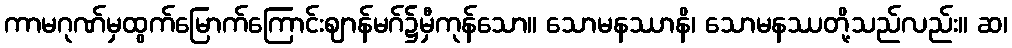
ကာမဂုဏ်မှထွက်မြောက်ကြောင်းဈာန်မဂ်၌မှီကုန်သော။ သောမနဿာနိ၊ သောမနဿတို့သည်လည်း။ ဆ၊